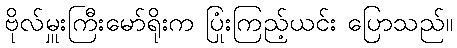
ဗိုလ်မှူးကြီးမော်ရိုးက ပြုံးကြည့်ယင်း ပြောသည်။